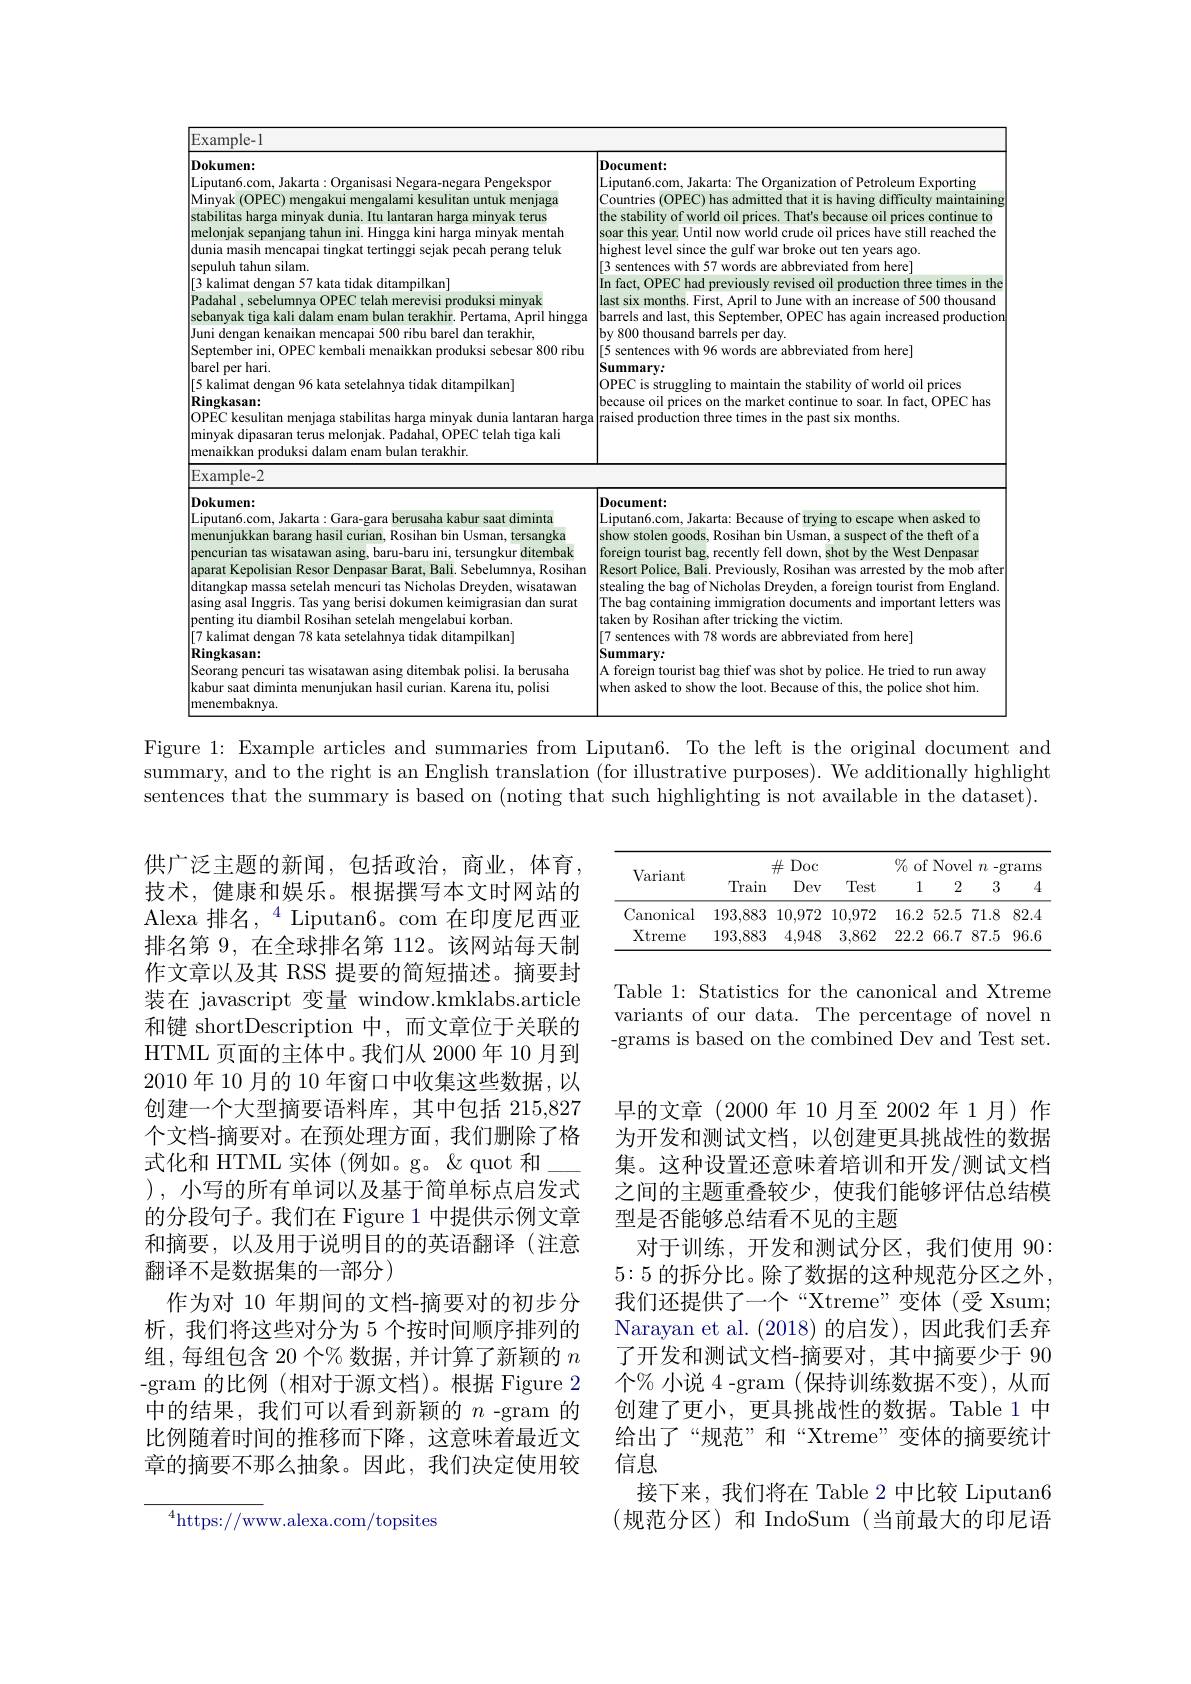
<table>
	<tbody>
		<tr>
			<td>Rosihan bin Usman, tersangka menunjukkan barang hasil curian, F pencurian tas wisatawan asing, baru-baru ini, tersungkur ditembak aparat Kepolisian Resor Denpasar Barat, Bali. Sebelumnya, Rosihan ditangkap massa setelah mencuri tas Nicholas Dreyden, wisatawan asing asal Inggris. Tas yang berisi dokumen keimigrasian dan surat penting itu diambil Rosihan setelah mengelabui korban. [7 kalimat dengan 78 kata setelahnya tidak ditampilkan] Ringkasan: Seorang pencuri tas wisatawan asing ditembak polisi. Ia berusaha kabur saat diminta menunjukan hasil curian. Karena itu, polisi menembaknya.</td>
			<td>show stolen goods, Rosihan bin Usman, a suspect of the theft of a foreign tourist bag, recently fell down, shot by the West Denpasar Resort Police, Bali. Previously, Rosihan was arrested by the mob after stealing the bag of Nicholas Dreyden, a foreign tourist from England. The bag containing immigration documents and important letters was taken by Rosihan after tricking the victim. [7 sentences with 78 words are abbreviated from here] Summary: A foreign tourist bag thief was shot by police. He tried to run away when asked to show the loot. Because of this, the police shot him.</td>
		</tr>
	</tbody>
</table>

Figure 1: Example articles and summaries from Liputan6. To the left is the original document and summary, and to the right is an English translation (for illustrative purposes). We additionally highlight sentences that the summary is based on (noting that such highlighting is not available in the dataset).

<table>
	<tbody>
		<tr>
			<th rowspan="2">Variant</th>
			<th colspan="3">$\#$Doc</th>
			<th colspan="4">$\%$of Novel$r$ $n-grams$</th>
		</tr>
		<tr>
			<th>Train</th>
			<th>Dev</th>
			<th>Test</th>
			<th>1</th>
			<th>2</th>
			<th>3</th>
			<th>4</th>
		</tr>
		<tr>
			<td>Canonical</td>
			<td>193,883</td>
			<td>10,972</td>
			<td>10,972</td>
			<td>16.2</td>
			<td>52.5</td>
			<td>71.8</td>
			<td>82.4</td>
		</tr>
		<tr>
			<td>Xtreme</td>
			<td>193,883</td>
			<td>4,948</td>
			<td>3,862</td>
			<td>22.2</td>
			<td>66.7</td>
			<td>87.5</td>
			<td>96.6</td>
		</tr>
	</tbody>
</table>

Table 1: Statistics for the canonical and Xtreme variants of our data. The percentage of novel n -grams is based on the combined Dev and Test set.

供广泛主题的新闻，包括政治，商业，体育， 技术，健康和娱乐。根据撰写本文时网站的Alexa 排名，$^4$Liputan6。com在印度尼西亚排名第 9, 在全球排名第 112。该网站每天制作文章以及其 RSS 提要的简短描述。摘要封装在 javascript 变量 window.kmklabs.article 和键 shortDescription 中，而文章位于关联的HTML 页面的主体中。我们从 2000年 10 月到2010 年 10 月的 10 年窗口中收集这些数据，以创建一个大型摘要语料库，其中包括 215,827个文档-摘要对。在预处理方面，我们删除了格式化和 HTML 实体 (例如。g。《quot 和\_ ), 小写的所有单词以及基于简单标点启发式的分段句子。我们在 Figure 1 中提供示例文章和摘要，以及用于说明目的的英语翻译(注意翻译不是数据集的一部分)
作为对 10 年期间的文档-摘要对的初步分析，我们将这些对分为 5 个按时间顺序排列的组，每组包含 20 个% 数据，并计算了新颖的$n$ -gram 的比例(相对于源文档)。根据 Figure 2中的结果，我们可以看到新颖的$n$ -gram 的比例随着时间的推移而下降，这意味着最近文章的摘要不那么抽象。因此，我们决定使用较

早的文章(2000年10月至2002年1月)作为开发和测试文档，以创建更具挑战性的数据集。这种设置还意味着培训和开发/测试文档之间的主题重叠较少，使我们能够评估总结模型是否能够总结看不见的主题
对于训练，开发和测试分区，我们使用 90: 5:5 的拆分比。除了数据的这种规范分区之外， 我们还提供了一个“Xtreme”变体(受 Xsum; Narayan et al.(2018)的启发),因此我们丢弃了开发和测试文档-摘要对，其中摘要少于 90个% 小说 4 -gram (保持训练数据不变),从而创建了更小，更具挑战性的数据。Table 1 中给出了“规范”和“Xtreme”变体的摘要统计信息
接下来，我们将在 Table 2 中比较 Liputan6 (规范分区)和 IndoSum(当前最大的印尼语

$^{4}$https://www.alexa.com/topsites